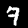
Digit: 7